Leaving Certificate Examination, 1915
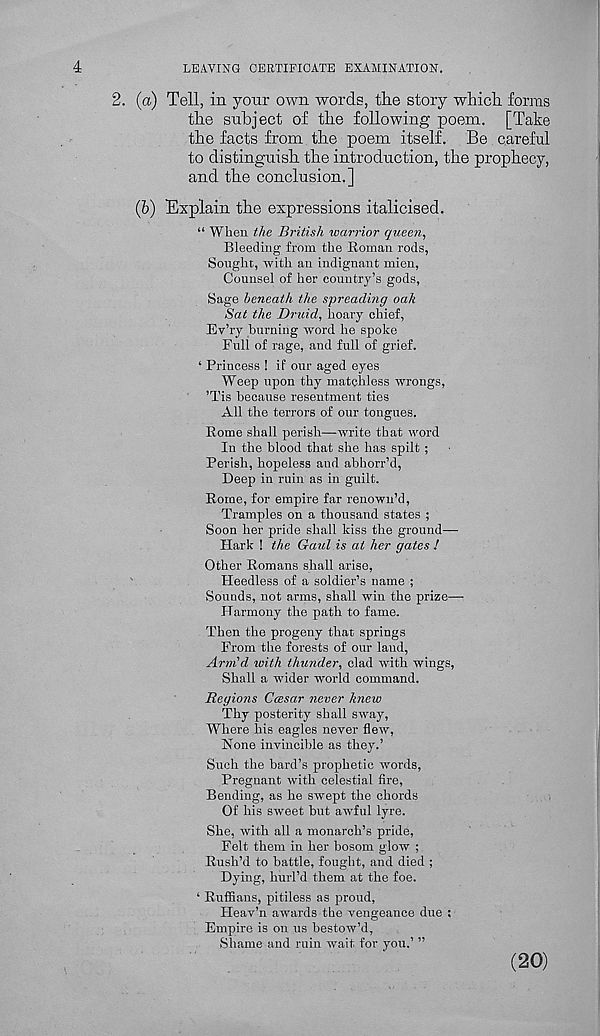
4
LEAVING CERTIFICATE EXAMINATION.
2. (a) Tell, in yonr own words, the story which forms
the subject of the following poem. [Take
the facts from the poem itself. Be careful
to distinguish the introduction, the prophecy,
and the conclusion.]
(6) Explain the expressions italicised.
“ When the British warrior queen.
Bleeding from the Roman rods,
Sought, with an indignant mien,
Counsel of her country’s gods,
Sage beneath the spreading oak
Sat the Druid, hoary chief,
Ev’ry burning word he spoke
Full of rage, and full of grief.
‘ Princess ! if our aged eyes
Weep upon thy matchless wrongs,
’Tis because resentment ties
All the terrors of our tongues.
Rome shall perish—write that word
In the blood that she has spilt ;
Perish, hopeless and abhorr’d,
Deep in ruin as in guilt.
Rome, for empire far renown’d,
Tramples on a thousand states ;
Soon her pride shall kiss the ground—
Hark ! the Gaul is at her gates !
Other Romans shall arise,
Heedless of a soldier’s name ;
Sounds, not arms, shall win the prize—•
Harmony the path to fame.
Then the progeny that springs
From the forests of our laud,
Arm'd with thunder, clad with wings,
Shall a wider world command.
Regions Ccesar never knew
Thy posterity shall sway,
Where his eagles never flew,
None invincible as they.’
Such the bard’s prophetic words,
Pregnant with celestial fire,
Bending, as he swept the chords
Of his sweet but awful lyre.
She, with all a monarch’s pride,
Felt them in her bosom glow ;
Rush’d to battle, fought, and died ;
Dying, hurl’d them at the foe.
‘ Ruffians, pitiless as proud,
Heav’n awards the vengeance due ;
Empire is on us bestow’d,
Shame and ruin wait for you.’ ”
(20)